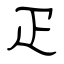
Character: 疋